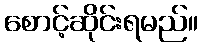
စောင့်ဆိုင်းရမည်။